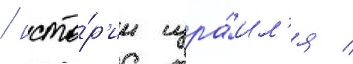
/ исто́р'ии изра́ил'я /